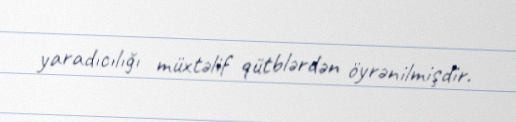
yaradıcılığı müxtəlif qütblərdən öyrənilmişdir.